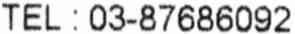
TEL : 03-87686092